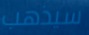
سيذهب